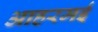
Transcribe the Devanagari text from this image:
आहरमई